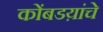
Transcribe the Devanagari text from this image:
कोंबडय़ांचे